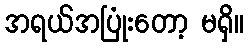
အရယ်အပြုံးတော့ မရှိ။